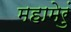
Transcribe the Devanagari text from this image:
महामेरुं